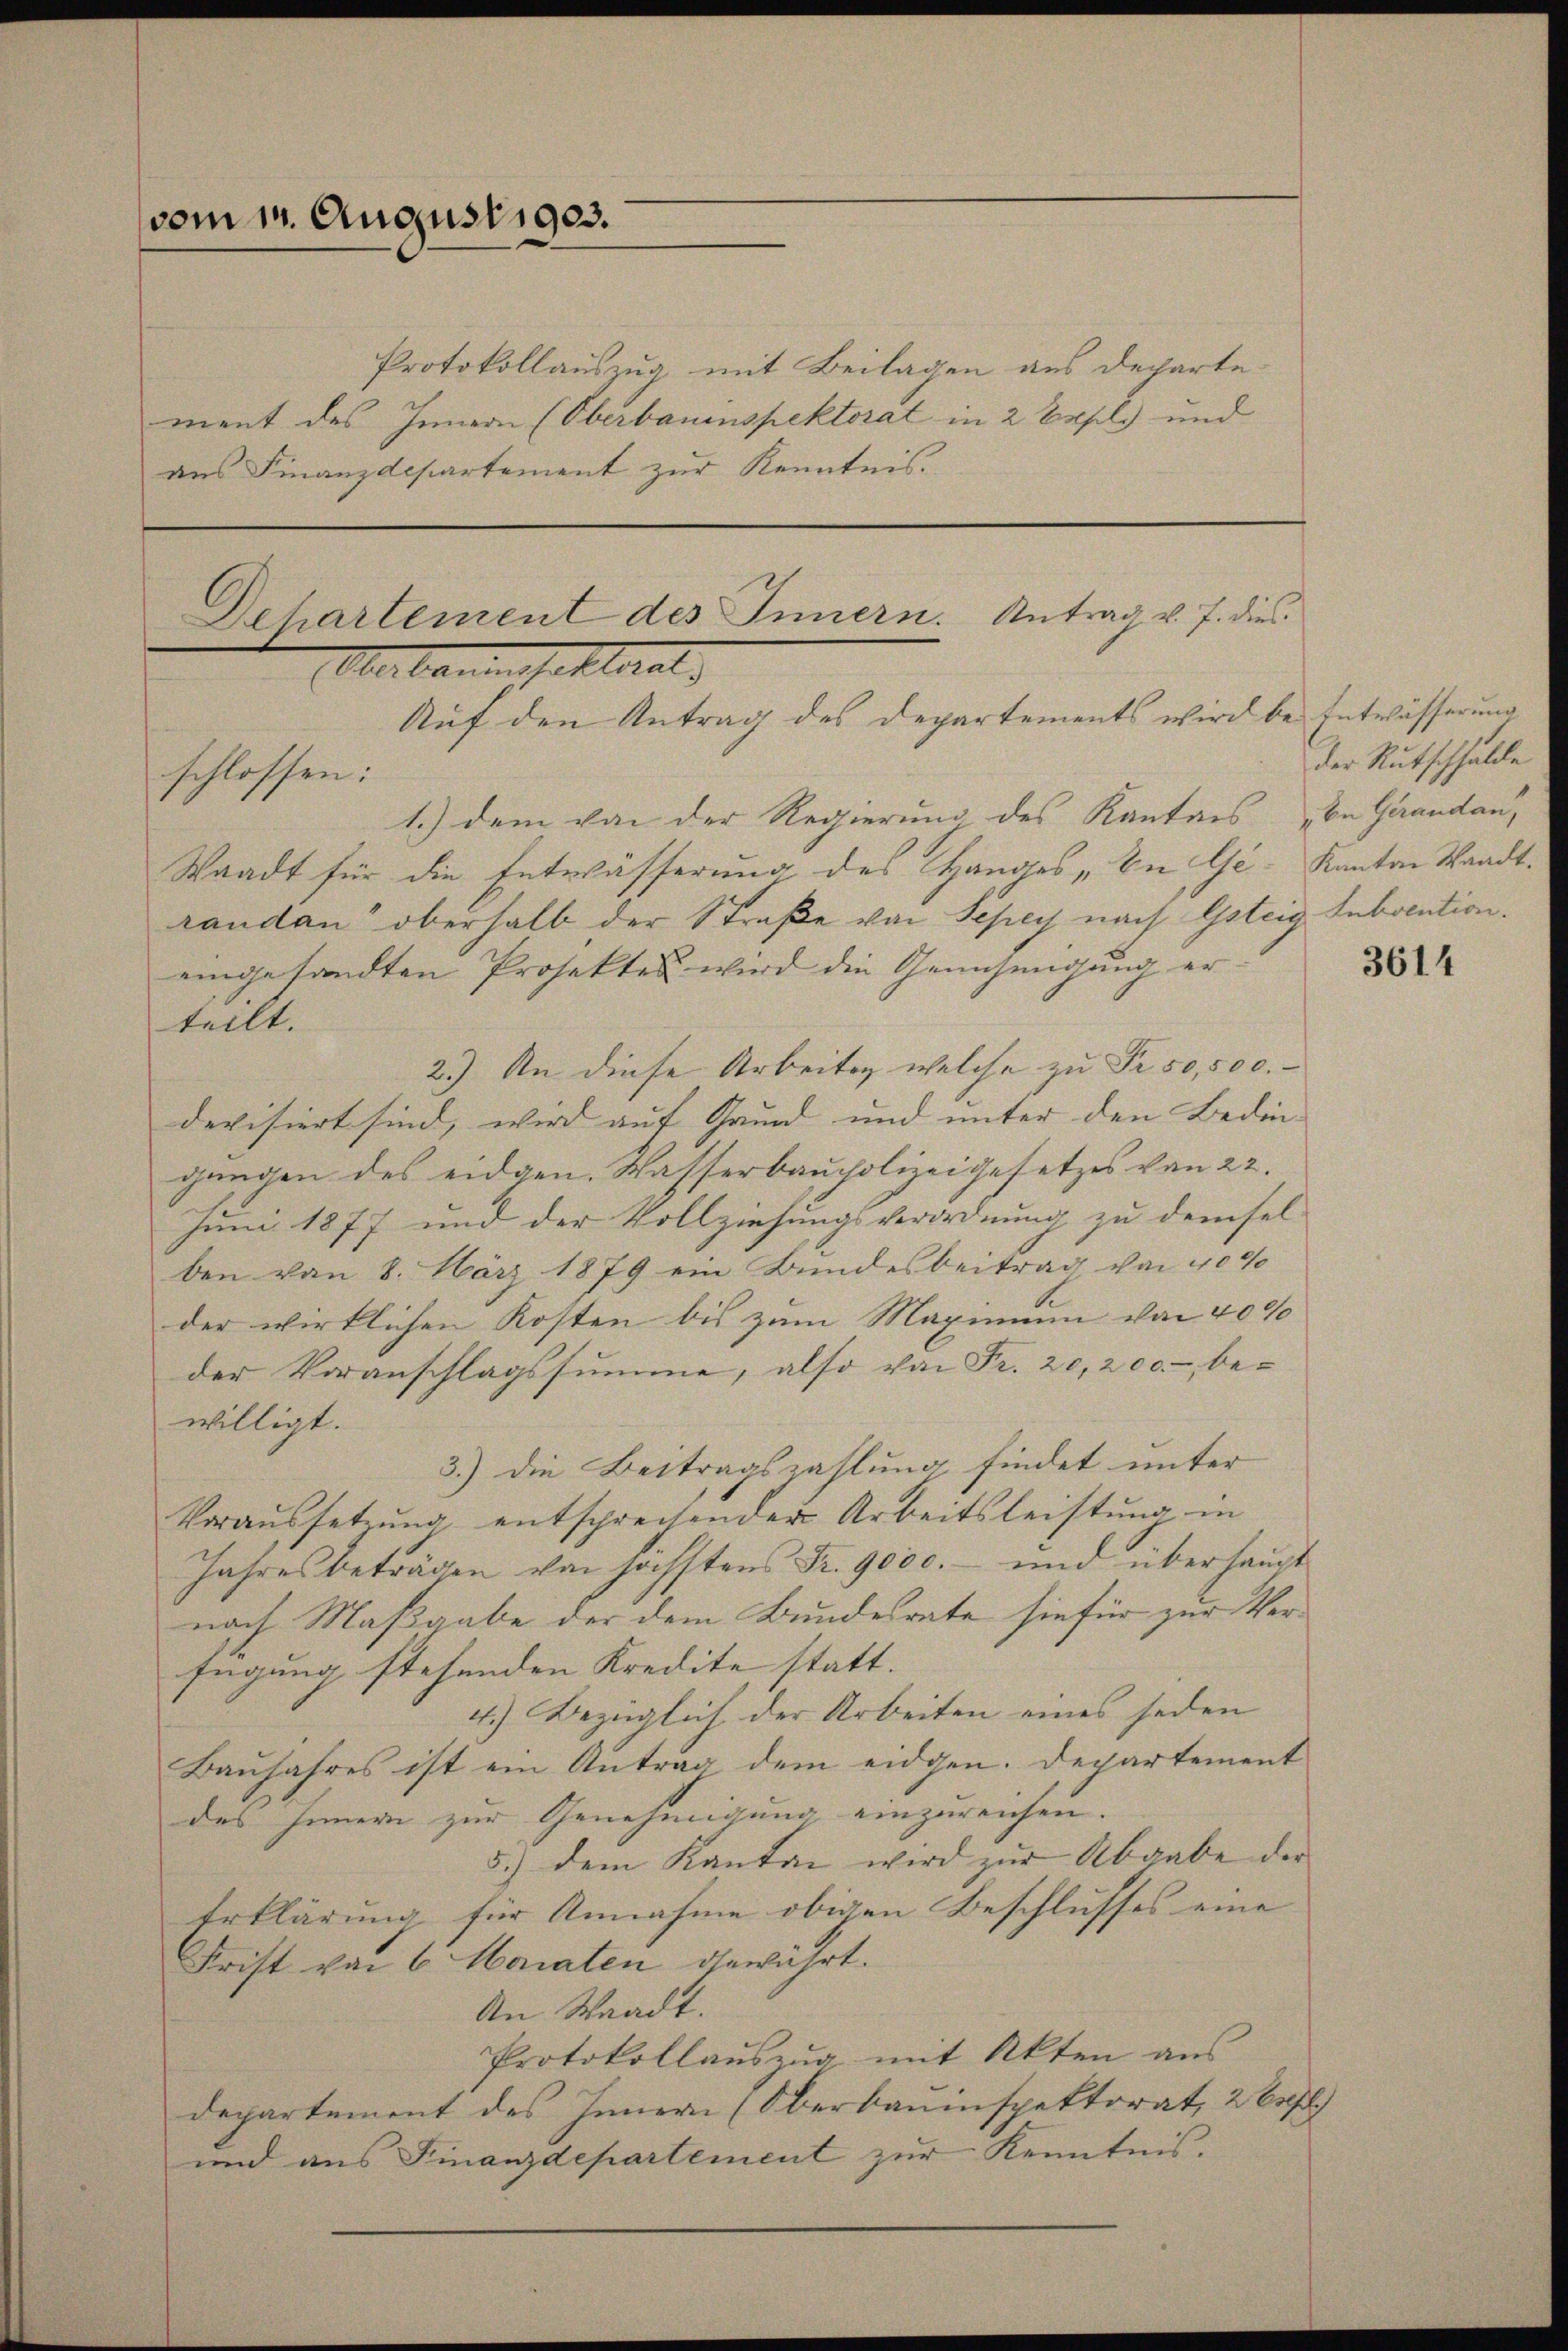
vom 11. August 1903.

Protokollauszug mit Beilagen aus departe
ment des Innern (Oberbauinspektorat in 2 Expl. und
aus Finanzdepartement zur Kenntnis.

Dehartement des Innern. Antrag v. J. dies
Aber baumesselteral
Auf den Antrag des Departements wird bei Entwässerung
schlossen:

1.) dem von der Regierung des Kantons de Garandau,
Waadt für die Entwässerung des Hanges „Bei Ge- Kanton Waadt.
randan oberhalb der Straße von Sepey nach Gsteig-Subvention.
eingesandten Projektes wird die Genehmigung erteilt.
2.) An diese Arbeiten, welche zu Fr. 50,500.
devisiert sind, wird auf Grund und unter den Bedin- |
gangen des eidgen. Wasserbaupolizeigesetzes von 22.
Juni 1877 und der Vollziehungsverordnung zu demselben von 8. März 1879 ein Bundesbeitrag von 40%
der wirklichen Kosten bis zum Maximum von 40%
der Voranschlagssumme, also von Fr. 20,200.- bewilligt.
3.) Die Beitragszahlung findet unter
Voraussetzung entsprechender Arbeitsleistung in
Jahres beträgen von höchstens Fr. 9000.- und überhaupt
nach Maßgabe der dem Bundesrate sie für zur Verfügung stehenden Kredite statt.
4.) Bezüglich der Arbeiten eines jeden
Baujahres ist ein Antrag dem eidgen. Departement
des Innern zur Genehmigung einzureichen. |
5.) dem Kanton wird zŭr Abgabe der
Erklärung für Annahme obigen Beschlusses eine |
Frist von 6 Monaten gewährt.
An Waadt.
Protokollauszug mit Akten aus
departement des Innern (Oberbauinspektorat, 26
und aus Finanzdepartement zur Kenntnis.

der Rutschhalde

3614